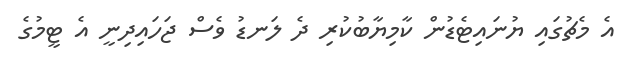
އެ މެޗުގައި ޔުނައިޓެޑުން ކާމިޔާބުކުރި ދެ ލަނޑު ވެސް ޖަހައިދިނީ އެ ޓީމުގެ